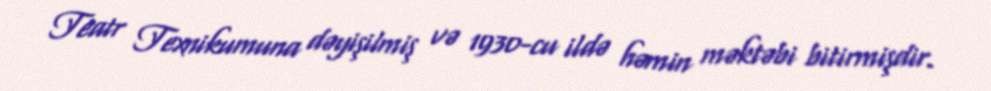
Teatr Texnikumuna dəyişilmiş və 1930-cu ildə həmin məktəbi bitirmişdir.